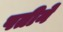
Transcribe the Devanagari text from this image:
पतीनें